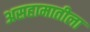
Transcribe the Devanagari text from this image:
असहामातीला